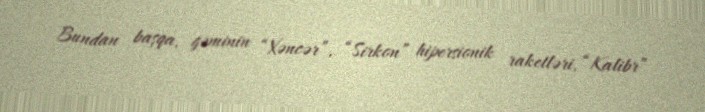
Bundan başqa, gəminin “Xəncər”, “Sirkon” hipersionik raketləri, “Kalibr”